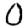
Digit: 0